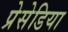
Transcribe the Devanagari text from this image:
प्रेसेडिया